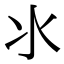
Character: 氺